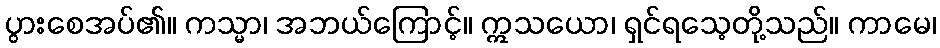
ပွားစေအပ်၏။ ကသ္မာ၊ အဘယ်ကြောင့်။ ဣသယော၊ ရှင်ရသေ့တို့သည်။ ကာမေ၊